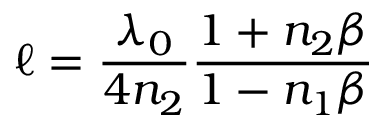
\ell = \frac { \lambda _ { 0 } } { 4 n _ { 2 } } \frac { 1 + n _ { 2 } \beta } { 1 - n _ { 1 } \beta }